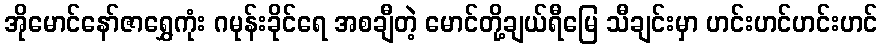
အိုမောင်နော်ဇာရွှေကုံး ဂမုန်းခိုင်ရေ အစချီတဲ့ မောင်တို့ချယ်ရီမြေ သီချင်းမှာ ဟင်းဟင်ဟင်းဟင်